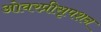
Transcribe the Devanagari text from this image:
ओवरप्रीसृपशन